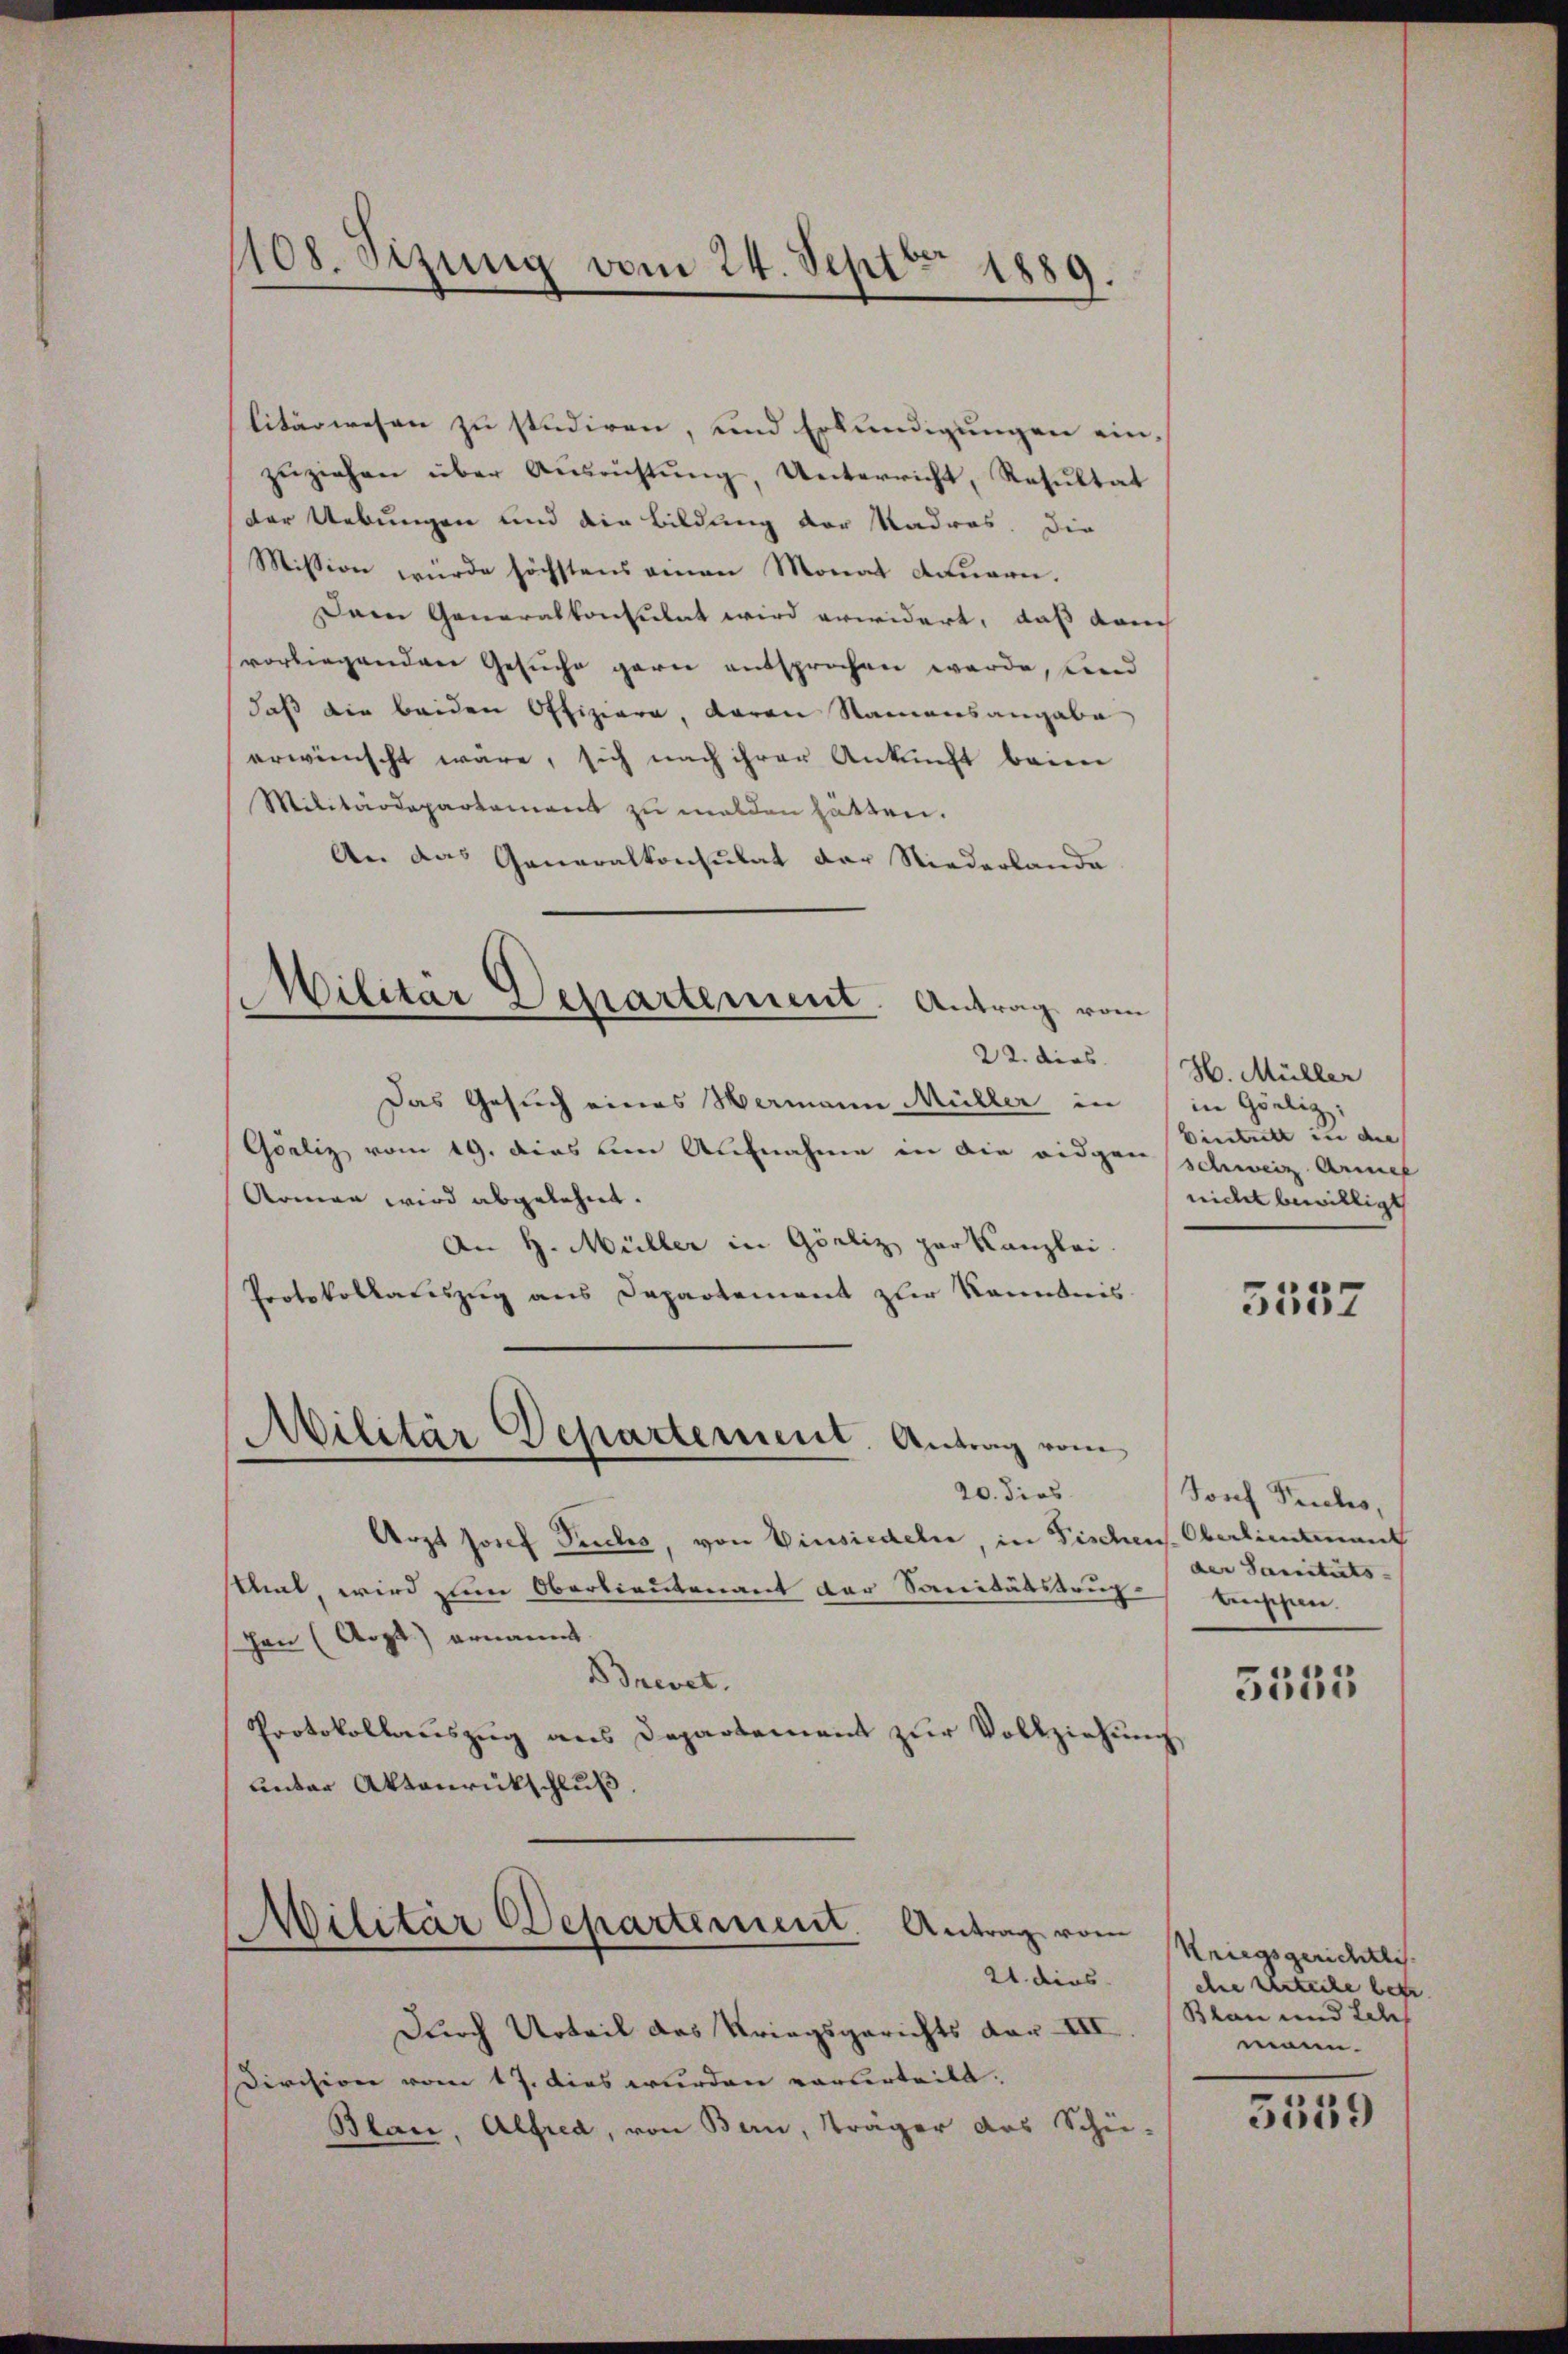
108. Sizung vom 24. Sept. 1889.

litärwesen zu studiren, und Erkundigungen ein-
zŭziehen über Ausrichtŭng, Unterricht, Resultat
der Uebungen und die Bildung der Madros. Die
Mission würde höchstens einen Monat dauern.
Dem Generalkonsulat wird erwidert, daß dam
vorliegenden Gesuche garn entsprochen werde, und
daß die beiden Offiziere, daran Namensangabe
erwünscht wäre, sich nach ihrer Ankunft beim
Militärdepartement zu walden hätten.
An das Generalkonsulat der Niederlande
22. dies
Das Gesuch eines Hermann Müller in
Galiz vom 19. dies um Aufnahme in die eidgen schweiz Arnet
Armen wird abgelehnt.
An H. Müller in Görliz herkanzlei.
Protokollatiszug aus Departement zur Kenntnis
Militär Departement. Antrag vom
20. dies
Arzt Josef Peccles, von Einsiedeln, in Fischens. Oberlieutenant
sthal, wird zum Oberlieutenant der Sanitätstrug beischen
Jon (Argt) ernannt.
Brevet,
Protokollauszug aus Departement zur Vollziehung
unter Aktenrückschluß.
Wilitär Departement. Antrag vom
21. dies
Durch Urteil das Kriegsgerichts vor III
Division vom 17. dies wurden vorberteilt.
Blau, Alfred, von Bern, Träger des Schü-

Militär Departement. Antrag vom

H. Müller
in Görlig:
Eintritt in die
nicht bewilligt

5557

Jonf Fuchs,
der Sanitäts-

3555

Kriegsgerichtli
ehne Urteile betr.
Blan und Leh
mann.

5559